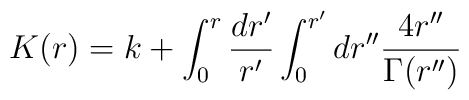
K(r) =  k + \int_0^{r} \frac{dr'}{r'} \int_0^{r'} dr'' \frac{4 r''}{\Gamma(r'')}